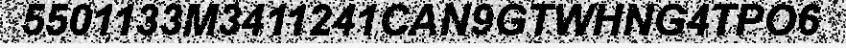
5501133M3411241CAN9GTWHNG4TPO6